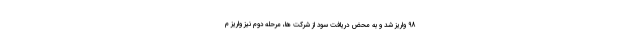
98 واریز شد و به محض دریافت سود از شرکت ها، مرحله دوم نیز واریز م